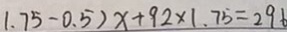
1 . 7 5 - 0 . 5 ) x + 9 2 \times 1 . 7 5 = 2 9 6